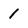
Character: 1